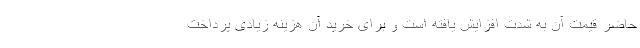
حاضر قیمت آن به شدت افزایش یافته است و برای خرید آن هزینه زیادی پرداخت